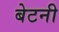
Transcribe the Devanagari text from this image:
बेटनी